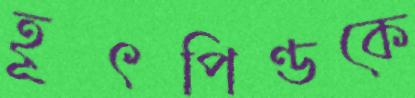
হূৎপিণ্ডকে